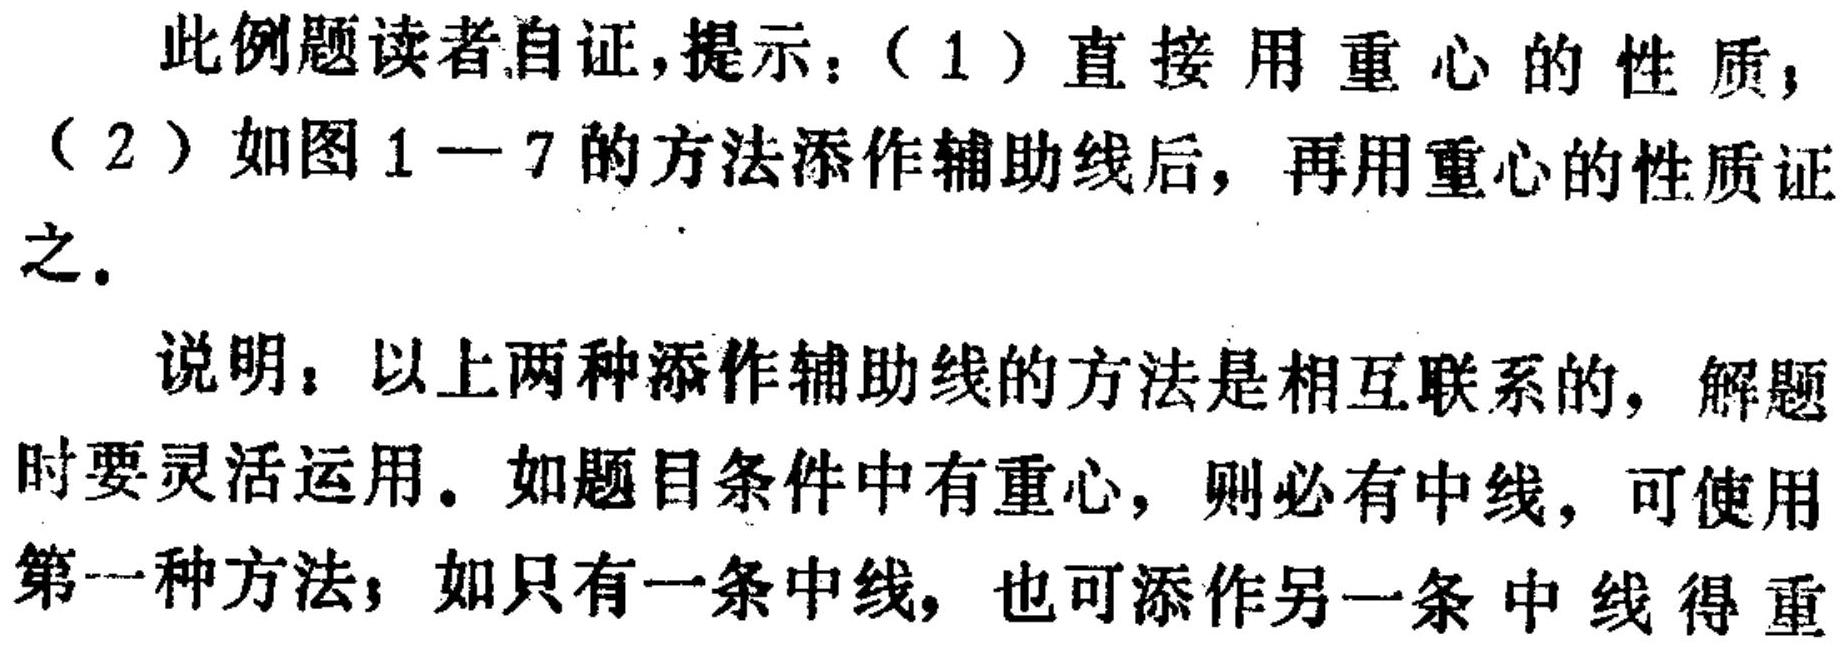
此例题读者自证,提示：（1）直接用重心的性质；（2）如图 1—7 的方法添作辅助线后，再用重心的性质证之。
说明：以上两种添作辅助线的方法是相互联系的，解题时要灵活运用。如题目条件中有重心，则必有中线，可使用第一种方法；如只有一条中线，也可添作另一条中线得重